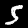
Digit: 5